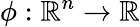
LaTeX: \phi:\mathbb{R}^{n}\to\mathbb{R}